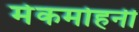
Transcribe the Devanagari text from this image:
मेकमोहनी